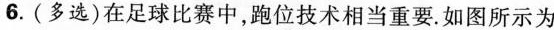
6.(多选)在足球比赛中，跑位技术相当重要。如图所示为